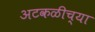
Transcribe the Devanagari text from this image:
अटकळीच्या